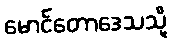
မောင်တောဒေသသို့